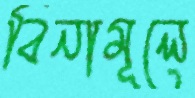
বিনামূলে